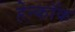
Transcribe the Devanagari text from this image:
हेन्कॉक